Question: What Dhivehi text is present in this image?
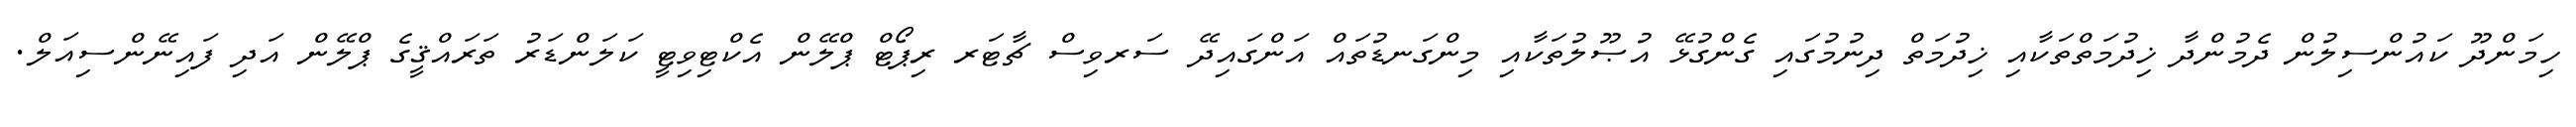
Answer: ހިމަންދޫ ކައުންސިލުން ދެމުންދާ ޚިދުމަތްތަކާއި ޚިދުމަތް ދިނުމުގައި ގެންގުޅޭ އުޞޫލުތަކާއި މިންގަނޑުތައް އަންގައިދޭ ސަރވިސް ޗާޓަރ ރިޕޯޓް ޕްލޭން އެކްޓިވިޓީ ކަލަންޑަރު ތަރައްޤީގެ ޕްލޭން އަދި ފައިނޭންސިއަލް.